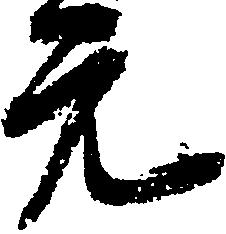
元